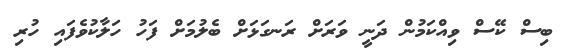
ބިސް ކޭސް ވިއްކަމުން ދަނީ ވަރަށް ރަނގަޅަށް ބެލުމަށް ފަހު ހަލާކުވެފައި ހުރި